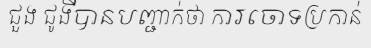
ជួង ជូងីបានបញ្ជាក់ថា ការចោទប្រកាន់